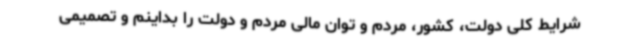
شرایط کلی دولت، کشور، مردم و توان مالی مردم و دولت را بداینم و تصمیمی